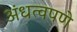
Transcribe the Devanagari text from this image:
अंधत्वपणे